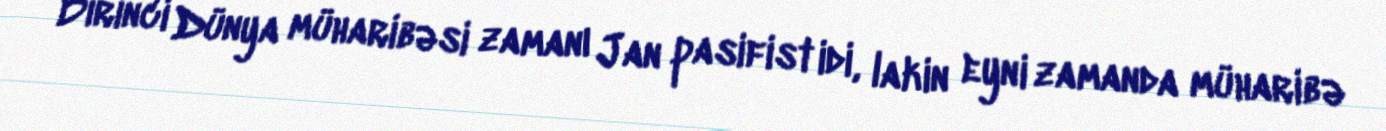
Birinci Dünya müharibəsi zamanı Jan pasifist idi, lakin eyni zamanda müharibə